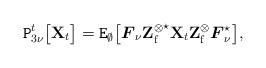
LaTeX: \begin{align*}\texttt{P}_{3\nu}^t\big[\mathbf{X}_t\big]=\texttt{E}_\emptyset\big[ \boldsymbol{F}_\nu{\mathbf{Z}_\mathrm{f}^\otimes}^\star\mathbf{X}_t\mathbf{Z}_\mathrm{f}^\otimes \boldsymbol{F}_\nu^\star\big],\end{align*}